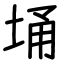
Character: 埇